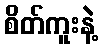
စိတ်ကူးနဲ့